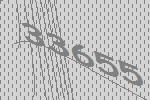
33655